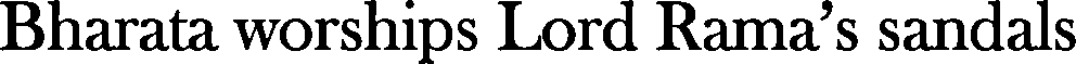
Bharata worships Lord Rama's sandals